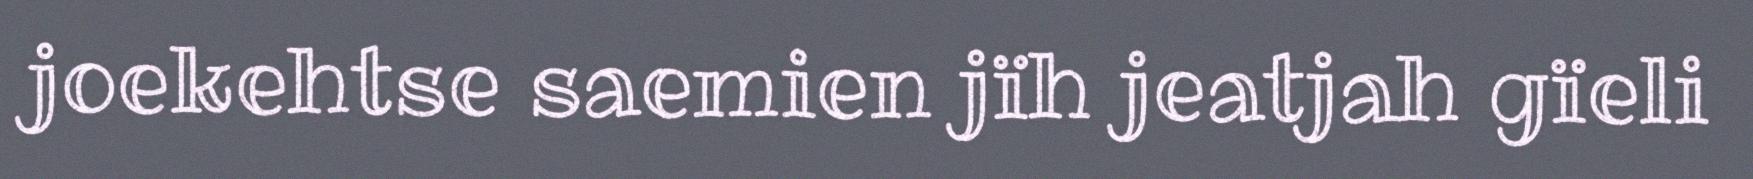
joekehtse saemien jïh jeatjah gïeli